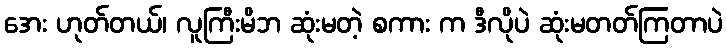
အေး ဟုတ်တယ်၊ လူကြီးမိဘ ဆုံးမတဲ့ စကား က ဒီလိုပဲ ဆုံးမတတ်ကြတာပဲ